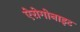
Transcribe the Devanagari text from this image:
ऐरोगोनाइट